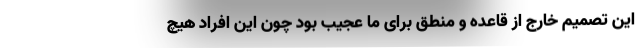
این تصمیم خارج از قاعده و منطق برای ما عجیب بود چون این افراد هیچ